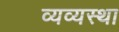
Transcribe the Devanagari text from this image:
व्यव्यस्था